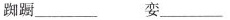
踟蹰___ 娈___